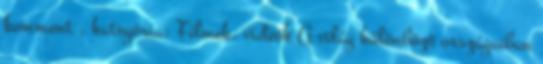
komment , kategória: Filmek, videók A világ különböző országaiban